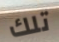
تلك